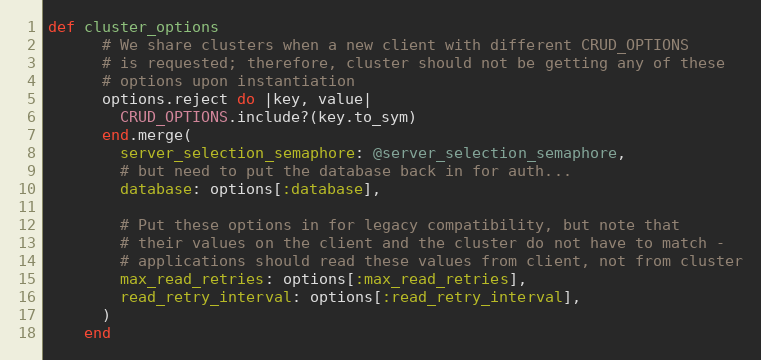
Language: Ruby
def cluster_options
      # We share clusters when a new client with different CRUD_OPTIONS
      # is requested; therefore, cluster should not be getting any of these
      # options upon instantiation
      options.reject do |key, value|
        CRUD_OPTIONS.include?(key.to_sym)
      end.merge(
        server_selection_semaphore: @server_selection_semaphore,
        # but need to put the database back in for auth...
        database: options[:database],

        # Put these options in for legacy compatibility, but note that
        # their values on the client and the cluster do not have to match -
        # applications should read these values from client, not from cluster
        max_read_retries: options[:max_read_retries],
        read_retry_interval: options[:read_retry_interval],
      )
    end